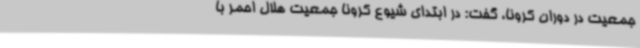
جمعیت در دوران کرونا، گفت: در ابتدای شیوع کرونا جمعیت هلال احمر با